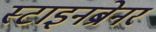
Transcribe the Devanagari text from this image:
स्टाइनब्रेनर